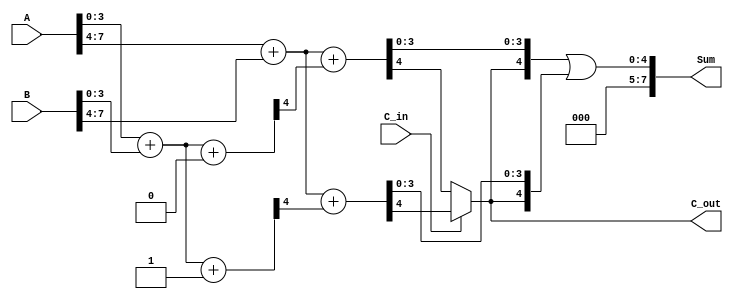
module CarrySelectAdder (
    input [7:0] A,        // First operand
    input [7:0] B,        // Second operand
    input C_in,           // Carry input
    output [7:0] Sum,     // Sum output
    output C_out          // Carry output
);

    // Internal signals for carry and sum
    wire [3:0] Sum0, Sum1; // Sums when C_in = 0 and C_in = 1
    wire C0, C1;           // Carry outputs for both cases

    // First 4-bit segment
    assign {C0, Sum0} = A[3:0] + B[3:0] + 0; // C_in = 0
    assign {C1, Sum1} = A[3:0] + B[3:0] + 1; // C_in = 1

    // Second 4-bit segment
    wire [3:0] Sum2, Sum3; // Sums for second segment
    wire C2, C3;           // Carry outputs for second segment

    assign {C2, Sum2} = A[7:4] + B[7:4] + C0; // C_in = C0
    assign {C3, Sum3} = A[7:4] + B[7:4] + C1; // C_in = C1

    // Final sum and carry selection
    assign Sum = {C_out, Sum2} | {C_out, Sum3}; // Concatenate sums
    assign C_out = C_in ? C3 : C2; // Select carry output based on C_in

endmodule